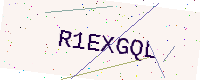
Text: R1EXGQL